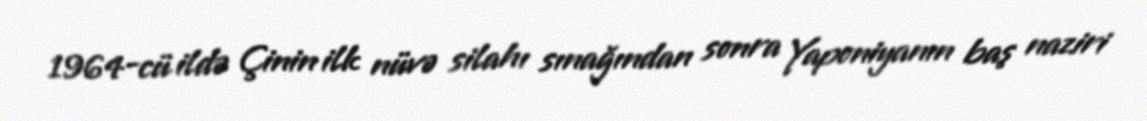
1964-cü ildə Çinin ilk nüvə silahı sınağından sonra Yaponiyanın baş naziri